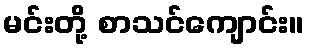
မင်းတို့ စာသင်ကျောင်း။